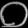
Digit: ၀